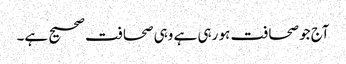
آج جو صحافت ہو رہی ہے وہی صحافت صحیح ہے۔